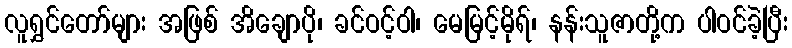
လူရွှင်တော်များ အဖြစ် အိချောပို၊ ခင်ဝင့်ဝါ၊ မေမြင့်မိုရ်၊ နန်းသူဇာတို့က ပါဝင်ခဲ့ပြီး